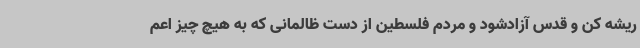
ریشه کن و قدس آزادشود و مردم فلسطین از دست ظالمانی که به هیچ چیز اعم